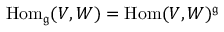
\operatorname { H o m } _ { \mathfrak { g } } ( V , W ) = \operatorname { H o m } ( V , W ) ^ { \mathfrak { g } }